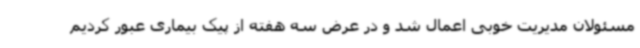
مسئولان مدیریت خوبی اعمال شد و در عرض سه هفته از پیک بیماری عبور کردیم